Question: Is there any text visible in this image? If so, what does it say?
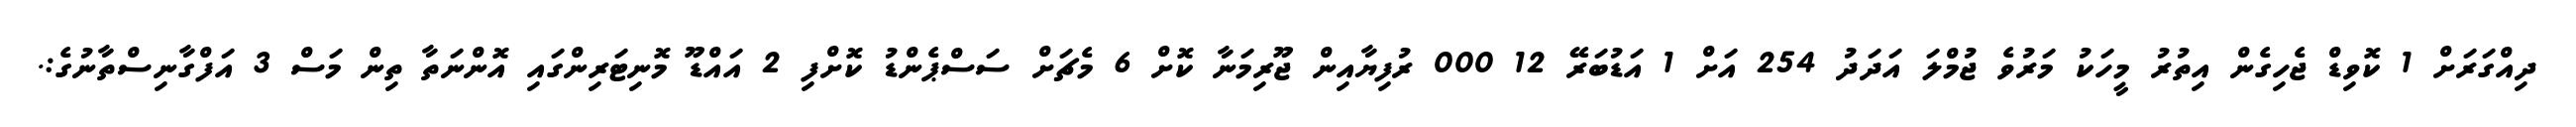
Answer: ދިއްގަރަށް 1 ކޮވިޑް ޖެހިގެން އިތުރު މީހަކު މަރުވެ ޖުމްލަ އަދަދު 254 އަށް 1 އަޑުބަރޭ 12 000 ރުފިޔާއިން ޖޫރިމަނާ ކޮށް 6 މެޗަށް ސަސްޕެންޑު ކޮށްފި 2 އައްޑޫ މޮނިޓަރިންގައި އޮންނަތާ ތިން މަސް 3 އަފްގާނިސްތާނުގެ:.